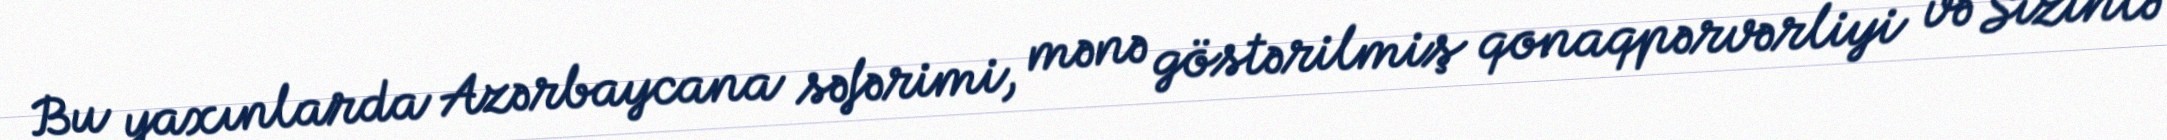
Bu yaxınlarda Azərbaycana səfərimi, mənə göstərilmiş qonaqpərvərliyi və Sizinlə